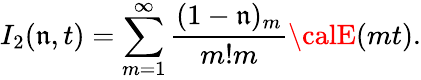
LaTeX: I_{2}(\mathfrak{n},t)=\sum_{m=1}^{\infty}{\frac{{(1-\mathfrak{n})_{m}}}{{m!m}}}{\calE}(mt).